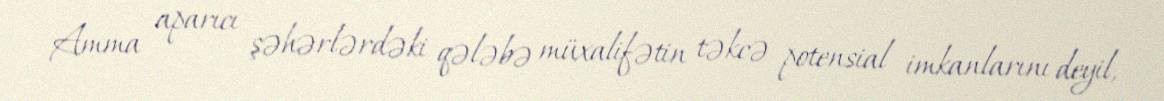
Amma aparıcı şəhərlərdəki qələbə müxalifətin təkcə potensial imkanlarını deyil,